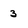
Character: 3